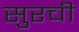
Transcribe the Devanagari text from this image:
सुरची